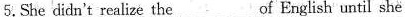
5.She didn't realize the ___of English until she